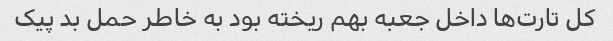
کل تارت‌ها داخل جعبه بهم ریخته بود به خاطر حمل بد پیک